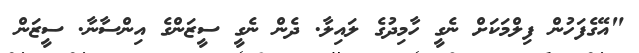
"އޭގެފަހުން ފިލްމަކަށް ނެގީ ހާމިދުގެ ލައިލާ. ދެން ނެގީ ސީޒަންގެ އިންސާނާ. ސީޒަން